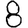
Digit: 8